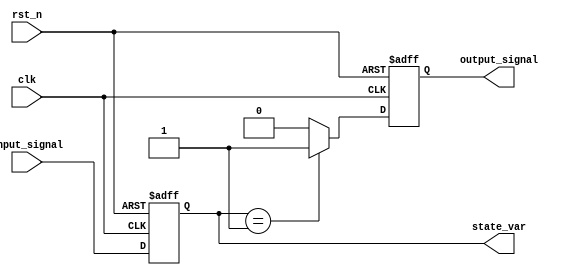
module reset_condition_block (
    input wire clk,            // Clock signal
    input wire rst_n,         // Active low reset signal
    input wire [7:0] input_signal, // Example input signal
    output reg [7:0] state_var, // State variable
    output reg output_signal   // Example output signal
);

// Initial state values
localparam INITIAL_STATE = 8'b00000000;

// Always block for synchronous reset
always @(posedge clk or negedge rst_n) begin
    if (!rst_n) begin
        // Reset condition: Initialize state variables
        state_var <= INITIAL_STATE;
        output_signal <= 1'b0; // Set output signal to a known state
    end else begin
        // Normal operation logic
        // Example: State transition based on input_signal
        state_var <= input_signal; // Update state_var with input_signal
        output_signal <= (state_var == 8'b00000001) ? 1'b1 : 1'b0; // Example output logic
    end
end

endmodule